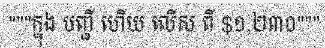
"""ក្នុង បញ្ជី ហើយ លើស ពី $១,២៣០"""